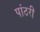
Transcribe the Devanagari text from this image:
पांठरी